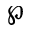
\wp